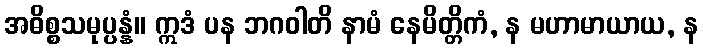
အဓိစ္စသမုပ္ပန္နံ။ ဣဒံ ပန ဘဂဝါတိ နာမံ နေမိတ္တိကံ, န မဟာမာယာယ, န